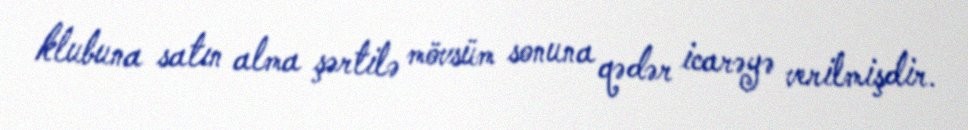
klubuna satın alma şərtilə mövsüm sonuna qədər icarəyə verilmişdir.